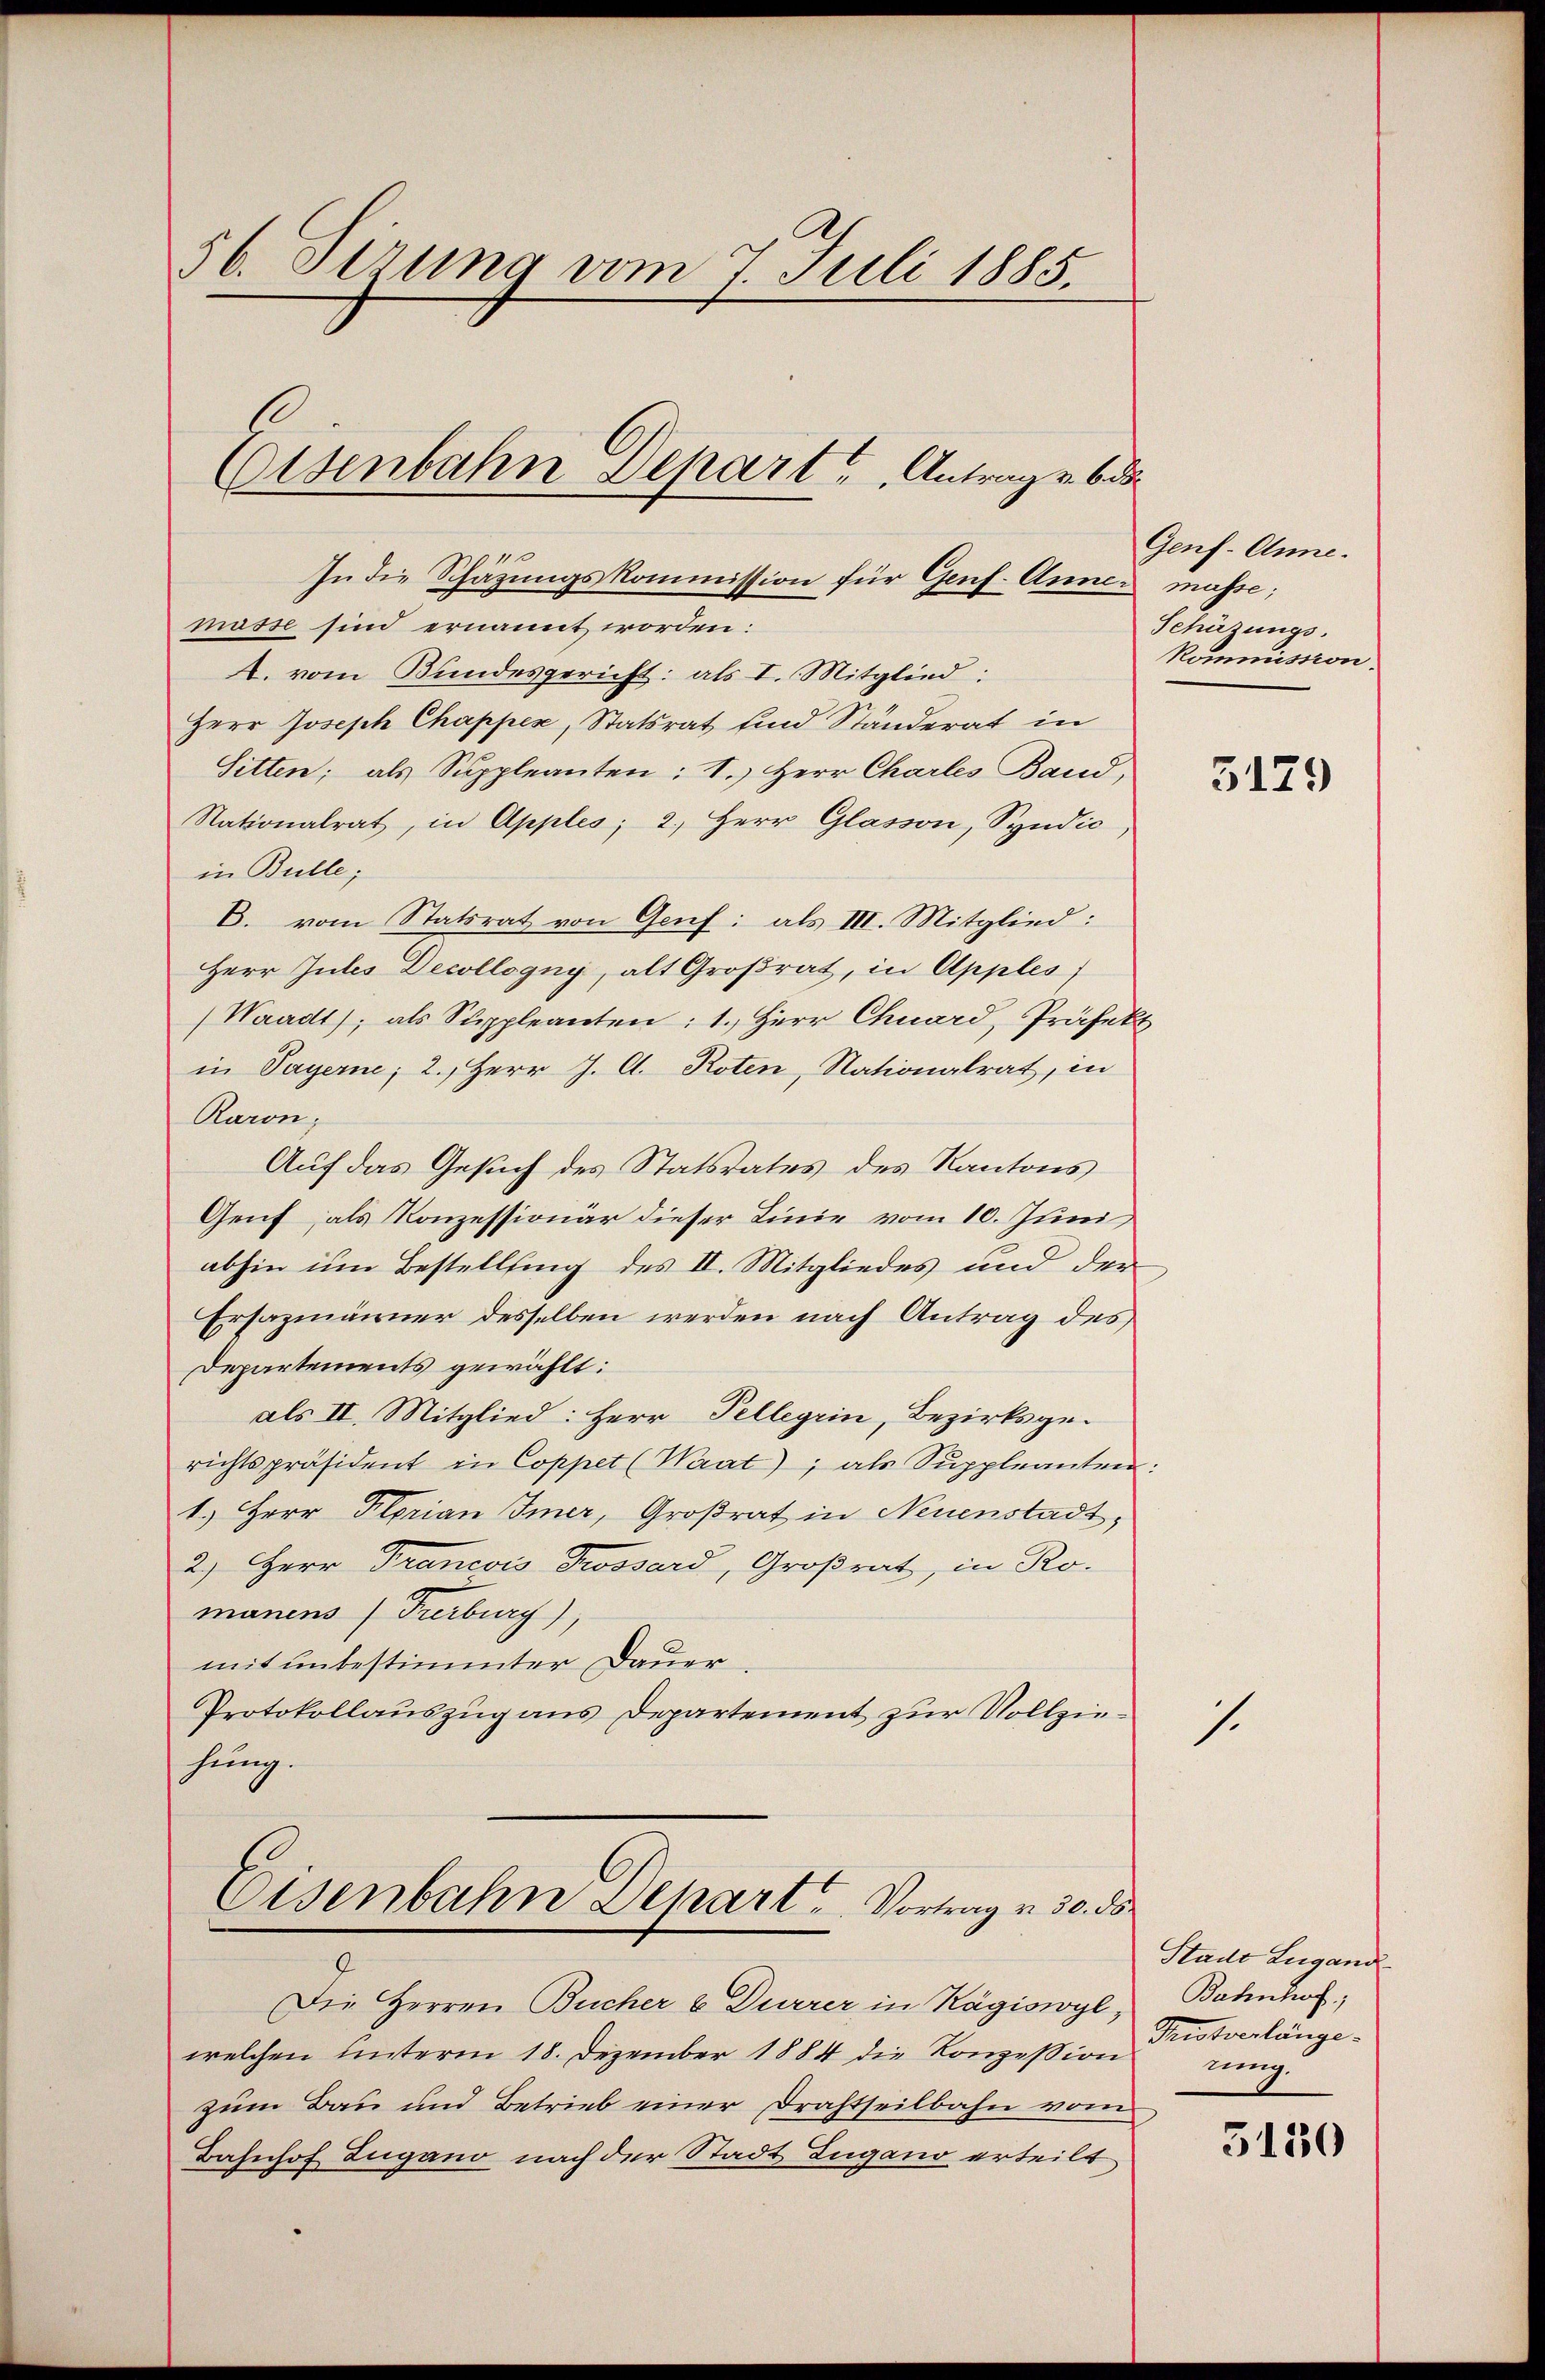
56. Derung vom 7. Juli 1885.

Eisenbahn Depart Antrag v. 6. ds.

In die Schätzungskommission für Genf. Anner masse;
mösse sind ernannt worden:
A. vom Bundesgericht: als I. Mitglied:
Herr Joseph Chappex, Statsrat und Ständerat in
Sitten; als Suppleanten: 1.) Herr Chartes Band,
Nationalrat, in Apples; 2. Herr Glasion, Syndic
in Bulle;
C. vom Statsrat von Genf als III. Mitglied:
Herr Jules Decollogny, alt Großrat, in Apples)
Waadt, als Suppleanten: 1.) Herr Chuard, Präfekt
in Payerne; 2., Herr J. A. Roten, Nationalrat, in
Raron;
Auf das Gesuch des Statsrates des Kantons
Genf, als Konzessionär dieser Linie vom 10. Juni
abhin um Bestellung des II. Mitgliedes und der
Ersazmänner desselben werden nach Antrag des
Departements gewählt:
als II. Mitglied: Herr Pellegrin, Bezirksgerichtspräsident in Coppet (Waat; als Suppleanten:
1.) Herr Florian Immer, Großrat in Neuenstadt,
2.) Herr Francois Trossard, Großrat, in Ro-
manens (Freiburg)
mit unbestimmter Dauer.
Protokollauszug aus Departement zur Vollziehung.

Die Herren Bucher u. Durrer in Kägiswyl, Bahnhof,
welchen unterm 18. Dezember 1884 die Konzession
zum Bau und Betrieb einer Drahtseilbahn vom
Bahnhof Zugano nach der Stadt Lugano erteilt

Eisenbahn Depart u. Vortrag v. 30. ds.

Genf. Anne.
Schäzungs.
Kommission.

5179

1.

Stadt Lugand
Tristverlänge-
nung.

5130